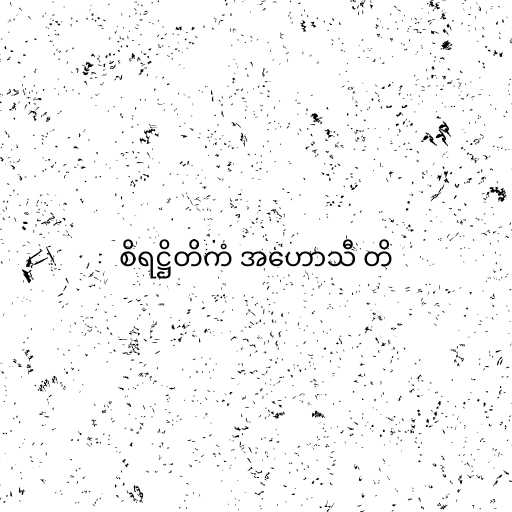
စိရဋ္ဌိတိကံ အဟောသီ တိ